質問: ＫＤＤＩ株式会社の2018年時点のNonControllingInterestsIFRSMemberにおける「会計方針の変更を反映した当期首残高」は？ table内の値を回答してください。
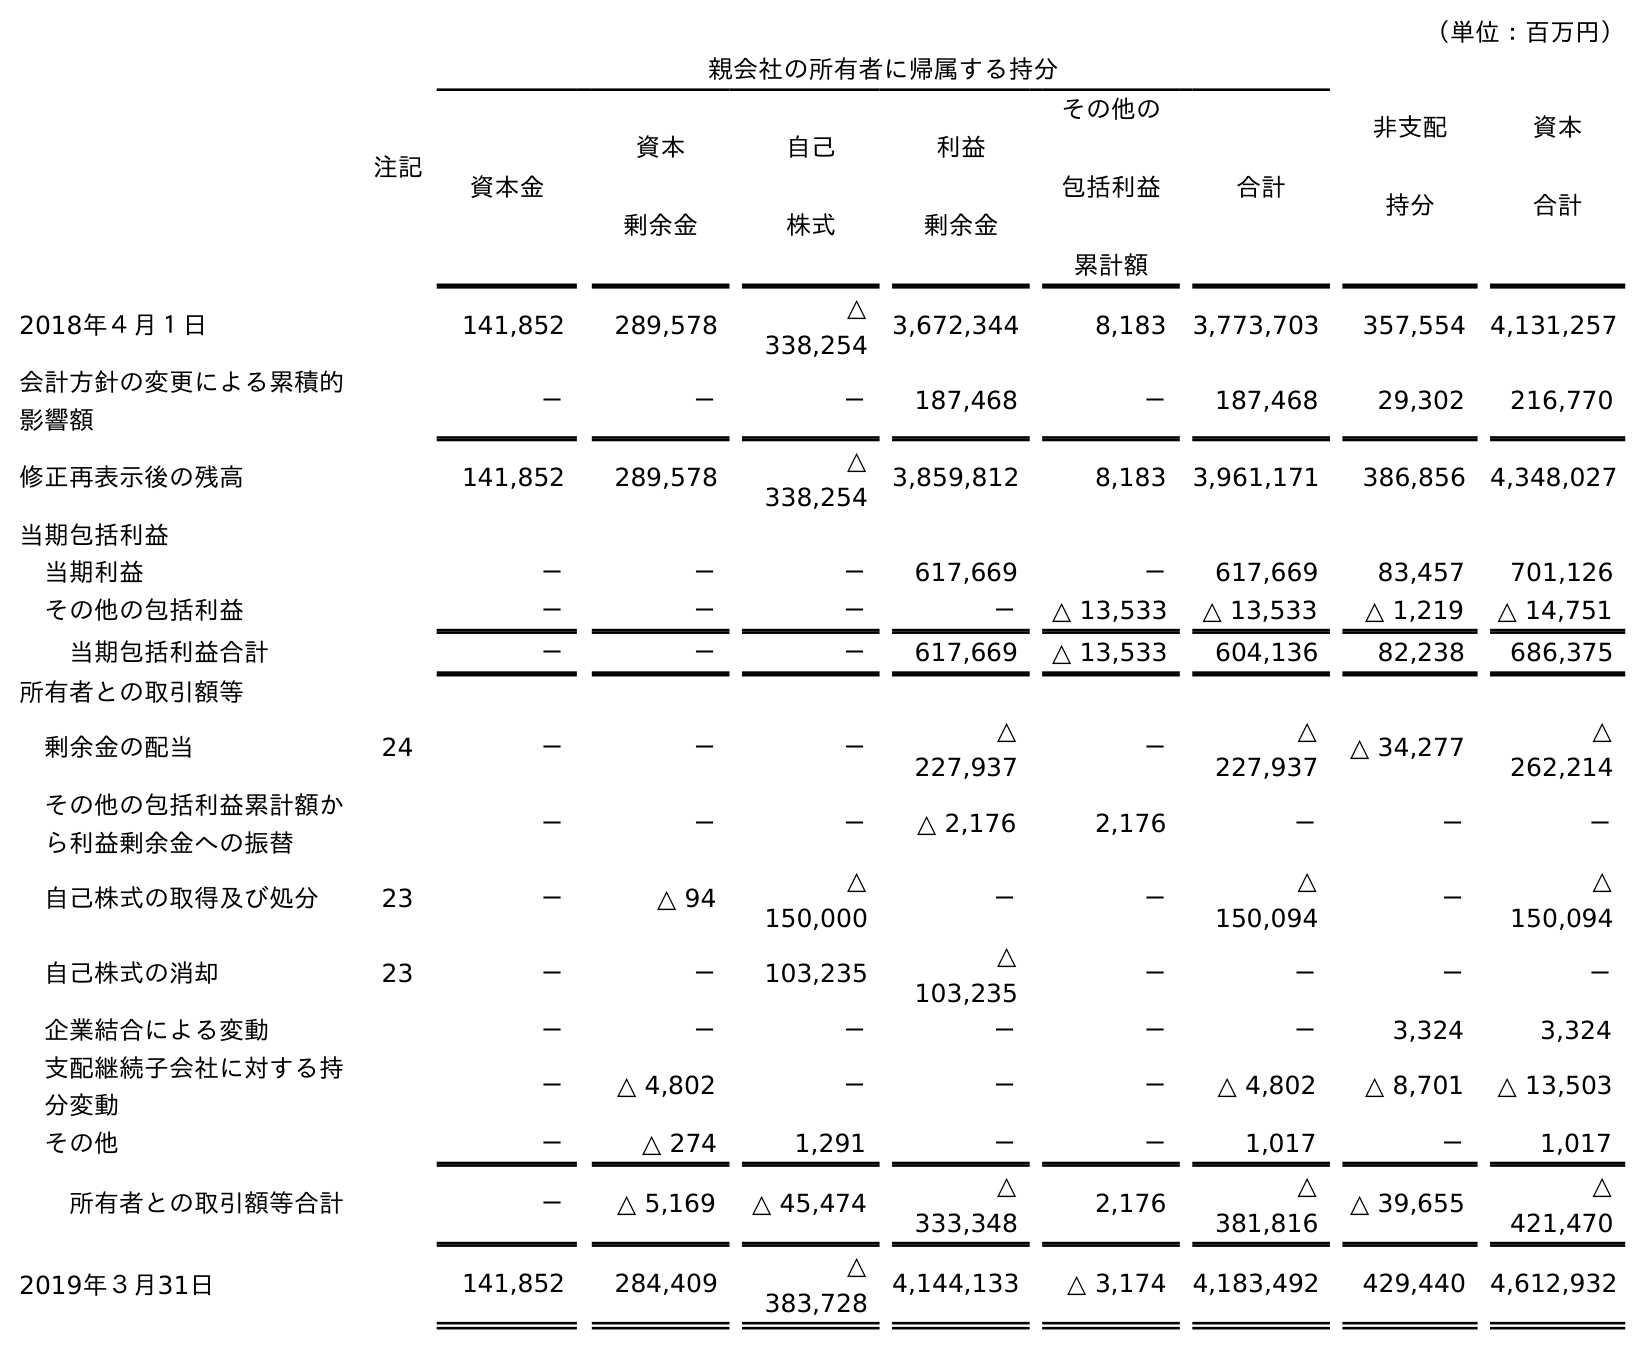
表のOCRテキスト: （単位：百万円） 注記 親会社の所有者に帰属する持分 非支配 持分 資本 合計 資本金 資本 剰余金 自己 株式 利益 剰余金 その他の 包括利益 累計額 合計 2018年４月１日 141,852 289,578 △ 338,254 3,672,344 8,183 3,773,703 357,554 4,131,257 会計方針の変更による累積的 影響額 － － － 187,468 － 187,468 29,302 216,770 修正再表示後の残高 141,852 289,578 △ 338,254 3,859,812 8,183 3,961,171 386,856 4,348,027 当期包括利益 当期利益 － － － 617,669 － 617,669 83,457 701,126 その他の包括利益 － － － － △ 13,533 △ 13,533 △ 1,219 △ 14,751 当期包括利益合計 － － － 617,669 △ 13,533 604,136 82,238 686,375 所有者との取引額等 剰余金の配当 24 － － － △ 227,937 － △ 227,937 △ 34,277 △ 262,214 その他の包括利益累計額か ら利益剰余金への振替 － － － △ 2,176 2,176 － － － 自己株式の取得及び処分 23 － △ 94 △ 150,000 － － △ 150,094 － △ 150,094 自己株式の消却 23 － － 103,235 △ 103,235 － － － － 企業結合による変動 － － － － － － 3,324 3,324 支配継続子会社に対する持 分変動 － △ 4,802 － － － △ 4,802 △ 8,701 △ 13,503 その他 － △ 274 1,291 － － 1,017 － 1,017 所有者との取引額等合計 － △ 5,169 △ 45,474 △ 333,348 2,176 △ 381,816 △ 39,655 △ 421,470 2019年３月31日 141,852 284,409 △ 383,728 4,144,133 △ 3,174 4,183,492 429,440 4,612,932
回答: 386,856